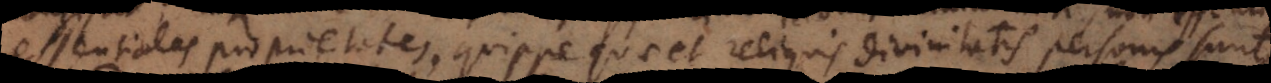
essentiales proprietates, quippe quae et reliquis divinitatis personis sunt